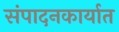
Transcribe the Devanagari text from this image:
संपादनकार्यात